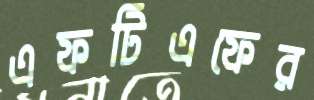
এফটিএফের